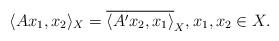
LaTeX: \begin{align*}\langle Ax_{1},x_{2}\rangle_{X} =\overline{\langle A'x_{2},x_{1}\rangle}_{X},x_{1},x_{2}\in X.\end{align*}